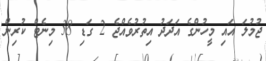
ޖުމުލަ އައި މީހުންގެ އަދަދު އިތުރުވެއްޖެ 2 ގަޑި 38 މިނެޓް ކުރިން